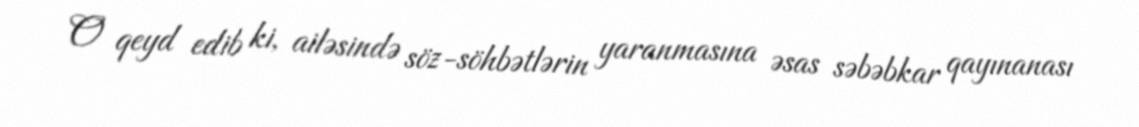
O qeyd edib ki, ailəsində söz-söhbətlərin yaranmasına əsas səbəbkar qayınanası